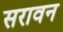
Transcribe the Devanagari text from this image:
सरावन